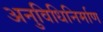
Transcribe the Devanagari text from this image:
अनुविधिनिर्माण